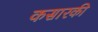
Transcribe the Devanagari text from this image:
कसारकी